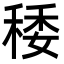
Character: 䅗